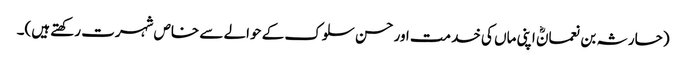
(حارثہ بن نعمانؓ اپنی ماں کی خدمت اور حسن سلوک کے حوالے سے خاص شہرت رکھتے ہیں)۔